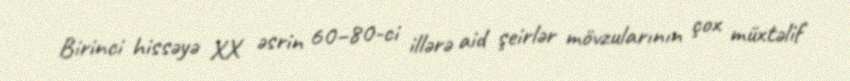
Birinci hissəyə XX əsrin 60–80-ci illərə aid şeirlər mövzularının çox müxtəlif